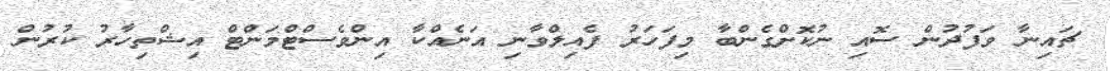
ޗައިނާ ވަފުދުން ސޮއި ނުކޮށްގެންބާ މިފަހަރު ފެއިލްވާނި އަނެއްކާ އިންވެސްޓްމަންޓް އިޝްތިހާރު ކުރުން